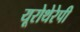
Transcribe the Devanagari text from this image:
यूरोथेरेपी